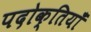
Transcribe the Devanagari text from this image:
पदोक्तियाँ